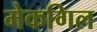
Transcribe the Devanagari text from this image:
मेकगिल